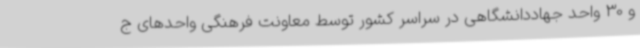
و 30 واحد جهاددانشگاهی در سراسر کشور توسط معاونت فرهنگی واحدهای ج